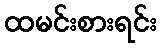
ထမင်းစားရင်း